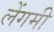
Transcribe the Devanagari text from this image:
लेंगमी